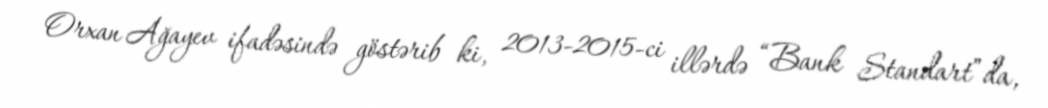
Orxan Ağayev ifadəsində göstərib ki, 2013-2015-ci illərdə “Bank Standart”da,